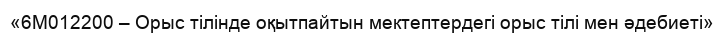
«6М012200 – Орыс тілінде оқытпайтын мектептердегі орыс тілі мен әдебиеті»